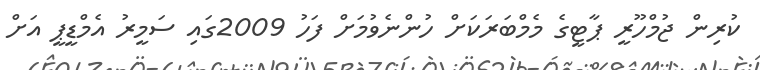
ކުރިން ޖުމްހޫރީ ޕާޓީގެ މެމްބަރަކަށް ހުންނެވުމަށް ފަހު 2009ގައި ސަމީރު އެމްޑީޕީ އަށް